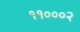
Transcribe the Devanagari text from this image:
११०००२